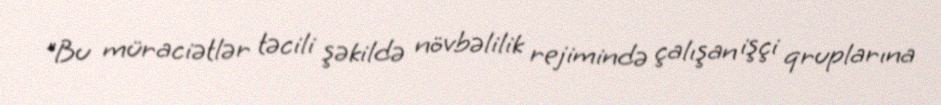
"Bu müraciətlər təcili şəkildə növbəlilik rejimində çalışan işçi qruplarına